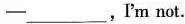
—____,I'm not.